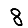
Digit: 8